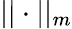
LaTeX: ||\cdot||_{m}